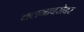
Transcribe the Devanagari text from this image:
चलनाबरोबर